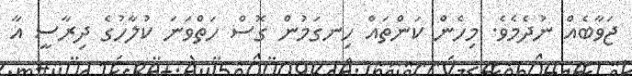
ޖަވާބެއް ނުދެމެވެ. މިހެން ކަންތައް ހިނގަމުން ގޮސް ހަތްވަނަ ކުލާހުގެ ދިރާސީ އާ